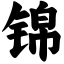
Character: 锦